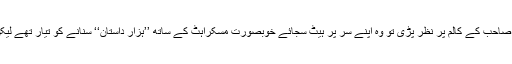
آج صبح اخبارات کے مطالعے کے دوران تارڑ صاحب کے کالم پر نظر پڑی تو وہ اپنے سر پر ہیٹ سجائے خوبصورت مسکراہٹ کے ساتھ ’’ہزار داستان‘‘ سنانے کو تیار تھے لیکن اُن کے کالم کا عنوان انتہائی قابلِ اعتراض تھا۔